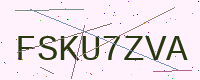
Text: FSKU7ZVA